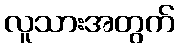
လူသားအတွက်